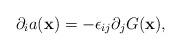
LaTeX: \begin{align*}\partial_{i}a({\bf x})=-\epsilon_{ij}\partial_{j}G({\bf x}),\end{align*}